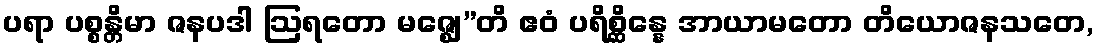
ပရာ ပစ္စန္တိမာ ဇနပဒါ ဩရတော မဇ္ဈေ”တိ ဧဝံ ပရိစ္ဆိန္နေ အာယာမတော တိယောဇနသတေ,